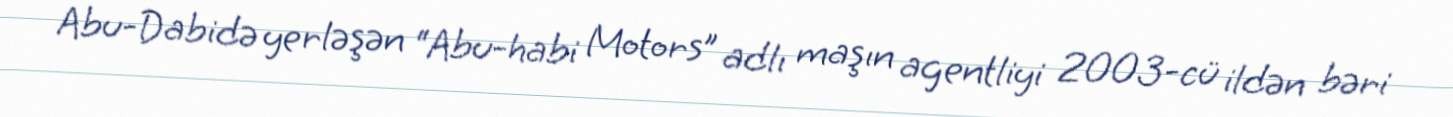
Abu-Dabidə yerləşən “Abu-habi Motors” adlı maşın agentliyi 2003-cü ildən bəri